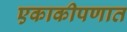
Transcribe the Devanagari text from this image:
एकाकीपणात